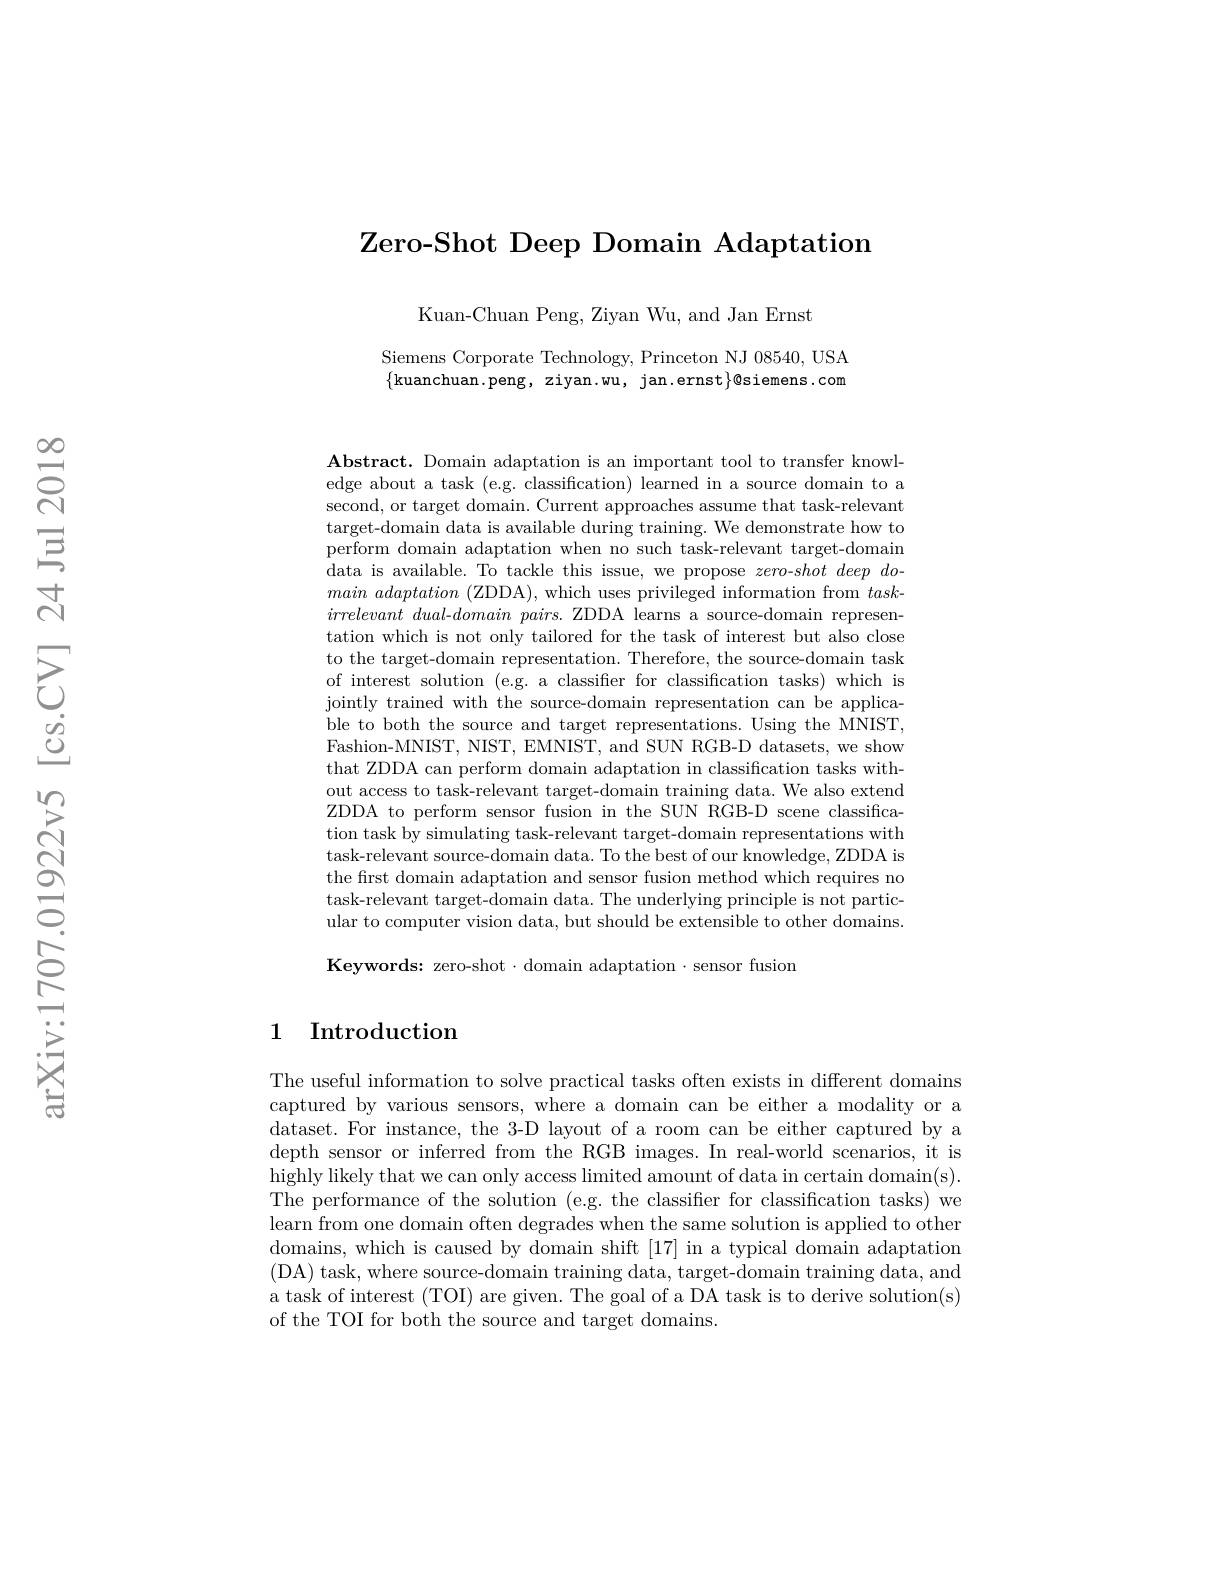
# Zero- Shot Deep Domain Adaptation

Kuan-Chuan Peng, Ziyan Wu, and Jan Ernst

Siemens Corporate Technology, Princeton NJ 08540, USA $\{$kuanchuan.peng, ziyan.wu, jan.ernst$\}$@siemens.com

Abstract. Domain adaptation is an important tool to transfer knowledge about a task (e.g. classification) learned in a source domain to a second, or target domain. Current approaches assume that task-relevant target-domain data is available during training. We demonstrate how to perform domain adaptation when no such task-relevant target-domain data is available. To tackle this issue, we propose $zero-shot$ deep do- $main\textit{ adaptation ( ZDDA) , which uses privileged information from }task$- irrelevant $dual-domain$ pairs. ZDDA learns a source-domain representation which is not only tailored for the task of interest but also close to the target-domain representation. Therefore, the source-domain task of interest solution (e.g. a classifier for classification tasks) which is jointly trained with the source-domain representation can be applicable to both the source and target representations. Using the MNIST, Fashion-MNIST, NIST, EMNIST, and SUN RGB-D datasets, we show that ZDDA can perform domain adaptation in classification tasks without access to task-relevant target-domain training data. We also extend ZDDA to perform sensor fusion in the SUN RGB-D scene classification task by simulating task-relevant target-domain representations with task-relevant source-domain data. To the best of our knowledge, ZDDA is the first domain adaptation and sensor fusion method which requires no task-relevant target-domain data. The underlying principle is not particular to computer vision data, but should be extensible to other domains. Keywords: zero-shot·domain adaptation·sensor fusion

## 1 Introduction

The useful information to solve practical tasks often exists in different domains captured by various sensors, where a domain can be either a modality or a dataset. For instance, the 3-D layout of a room can be either captured by a depth sensor or inferred from the RGB images. In real-world scenarios, it is highly likely that we can only access limited amount of data in certain domain(s). The performance of the solution (e.g. the classifier for classification tasks) we learn from one domain often degrades when the same solution is applied to other domains, which is caused by domain shift [ 17] in a typical domain adaptation (DA) task, where source-domain training data, target-domain training data, and a task of interest (TOI) are given. The goal of a DA task is to derive solution(s) of the TOI for both the source and target domains.